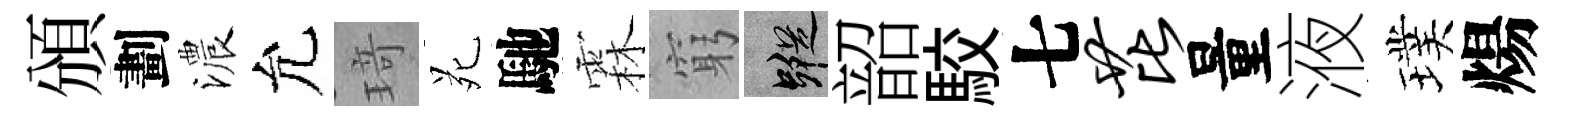
頒劃濃允𤦺苑馳霖窮蹤韶駮七芘量液璞煬